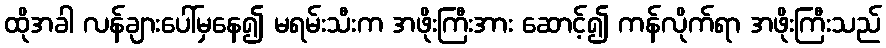
ထိုအခါ လန်ချားပေါ်မှနေ၍ မရမ်းသီးက အဖိုးကြီးအား ဆောင့်၍ ကန်လိုက်ရာ အဖိုးကြီးသည်